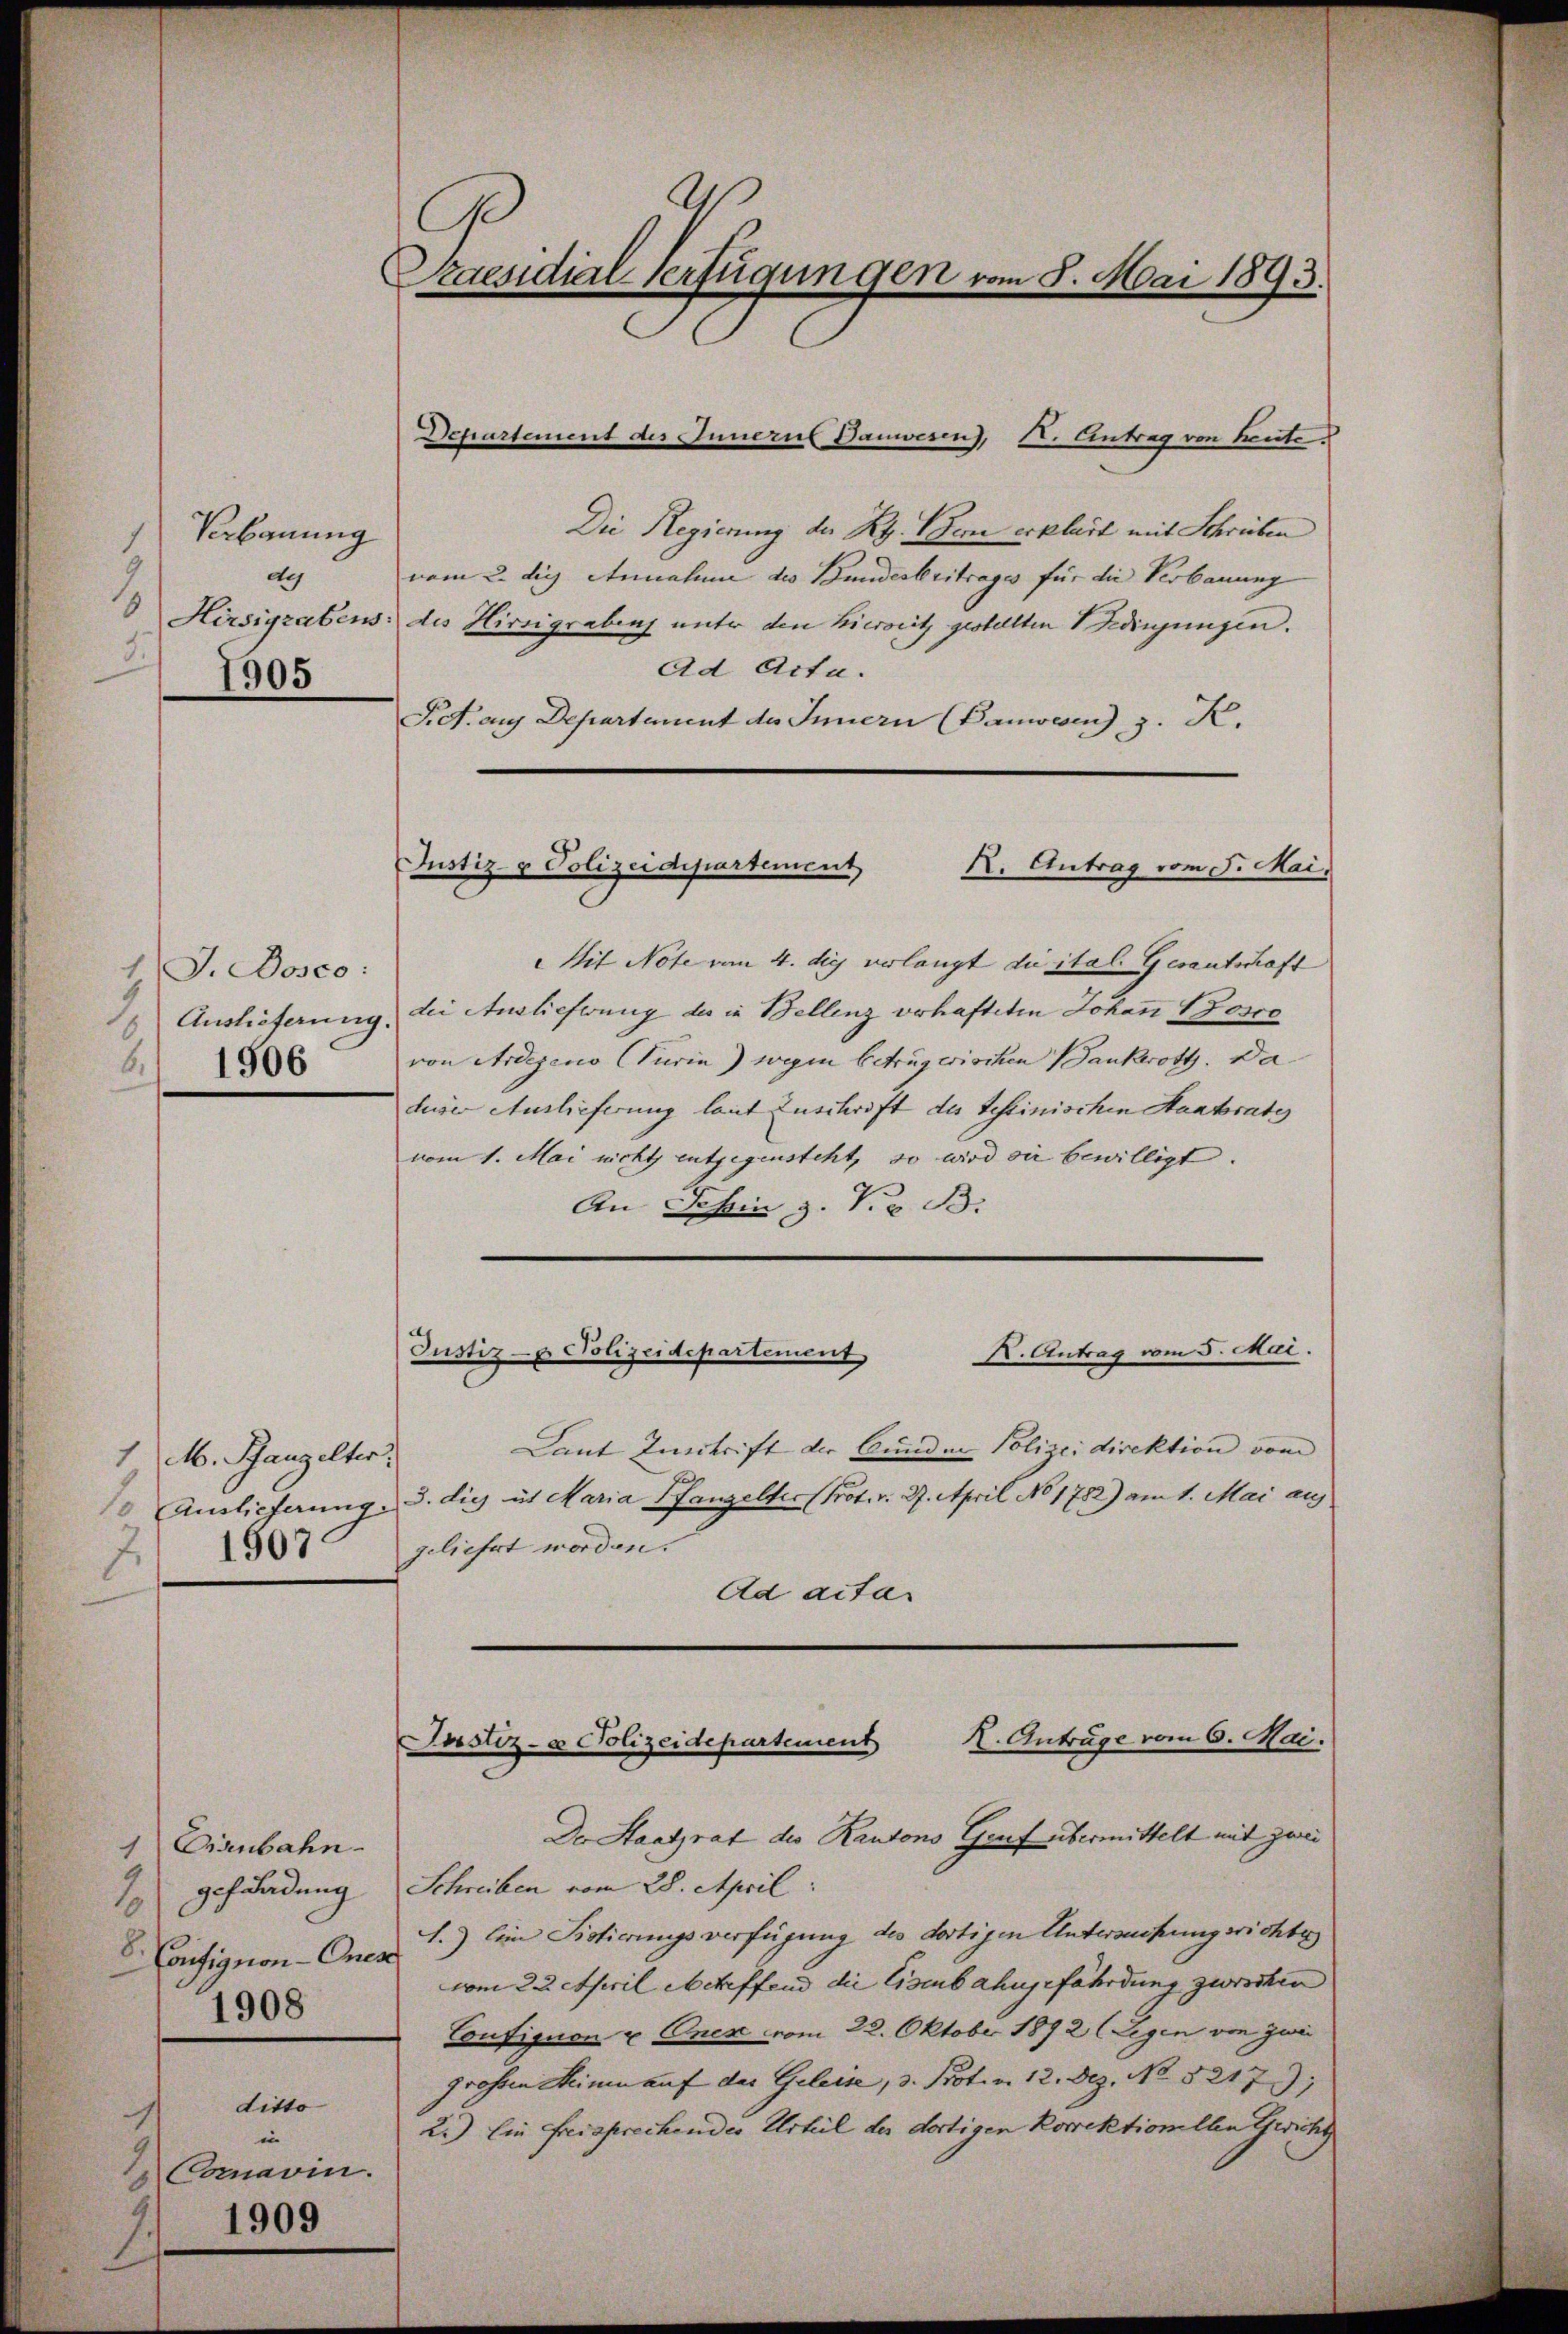
Verbauung
1
dy
8
1905

1 J. Dosco:
6.
1906

1 M. Rangelter.
1507.

Eisenbahn.
1
ELadung
2
39
V. Consignon-Ones
1908

in
Comaoin.
1909
1

ditto

Praesidial-Verfügungen vom 8. Mai 1893.

Departement des Innerul Danwesen, d. Antrag von heute
Die Regierung der Rg. Bern erklärt mit Schrieben
vom 2. die Annahme des Bundesbritrages für die Verbauung
Hirsigrabens: des Hirsigrabens unter den hierseitz gestellten Bedingungen.
Ad Acta.
P.S. aus Departement des Innern (Banwesen), 3. K.
Mit Note vom 4. die verlangt die ital. Gesantschaft
Auslieferung, die Auslieferung des in Bellenz verhafteten Johann 130,00
von Ardigen Curia) wegen betrügerischen Dankerott. Daduser Auslieferung laut Zuschrift des testinischen Haabrates
vom 1. Mai nicht entgegensteht, so wird sie bewilligt.
An Schin z. V. B.

Justiz- & Polizeidepartement
K. Antrag vom 5. Mai.

K. Antrag vom 5. Mai.
Justiz- u. Polizeidepartement

Laut Entrift der Bunden Polizeidirektion vom
10. Auslieferung. 3. die it Maria Panzelter (Prot. v. 27. April No 1782) am 1. Mai auf
geliehrt worden.
Ad actar

K. Anträge vom 6. Mai.
Justiz- & Polizeidepartement

Der Staatsrat des Kantons Genf übermittelt mit zwei
Schreiben vom 28. April:
1.) Eine Sistierungsverfügung des dortigen Untersuchungsrichte
vom 22. April betreffend die Eisenbahngefährdung zwischen
Confision u Onck vom 22. Oktober 1892 (Eigen von zwei
grossen Meinen auf das Geleise, 3. Proten 12. Dez. No 5217;
2.) Ein freisprechendes Urteil der dortigen Korrektionellen Gericht